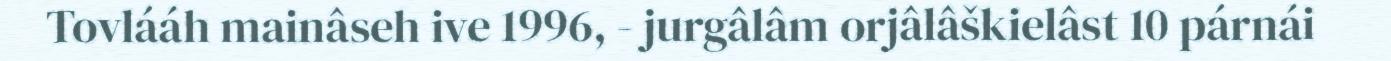
Tovlááh mainâseh ive 1996, - jurgâlâm orjâlâškielâst 10 párnái